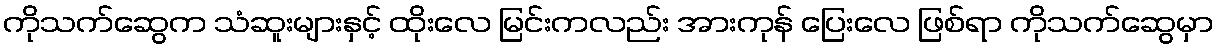
ကိုသက်ဆွေက သံဆူးများနှင့် ထိုးလေ မြင်းကလည်း အားကုန် ပြေးလေ ဖြစ်ရာ ကိုသက်ဆွေမှာ